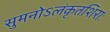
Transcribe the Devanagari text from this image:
सुमनोऽलंकृतशिराः